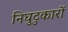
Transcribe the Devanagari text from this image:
निघुटुकारों